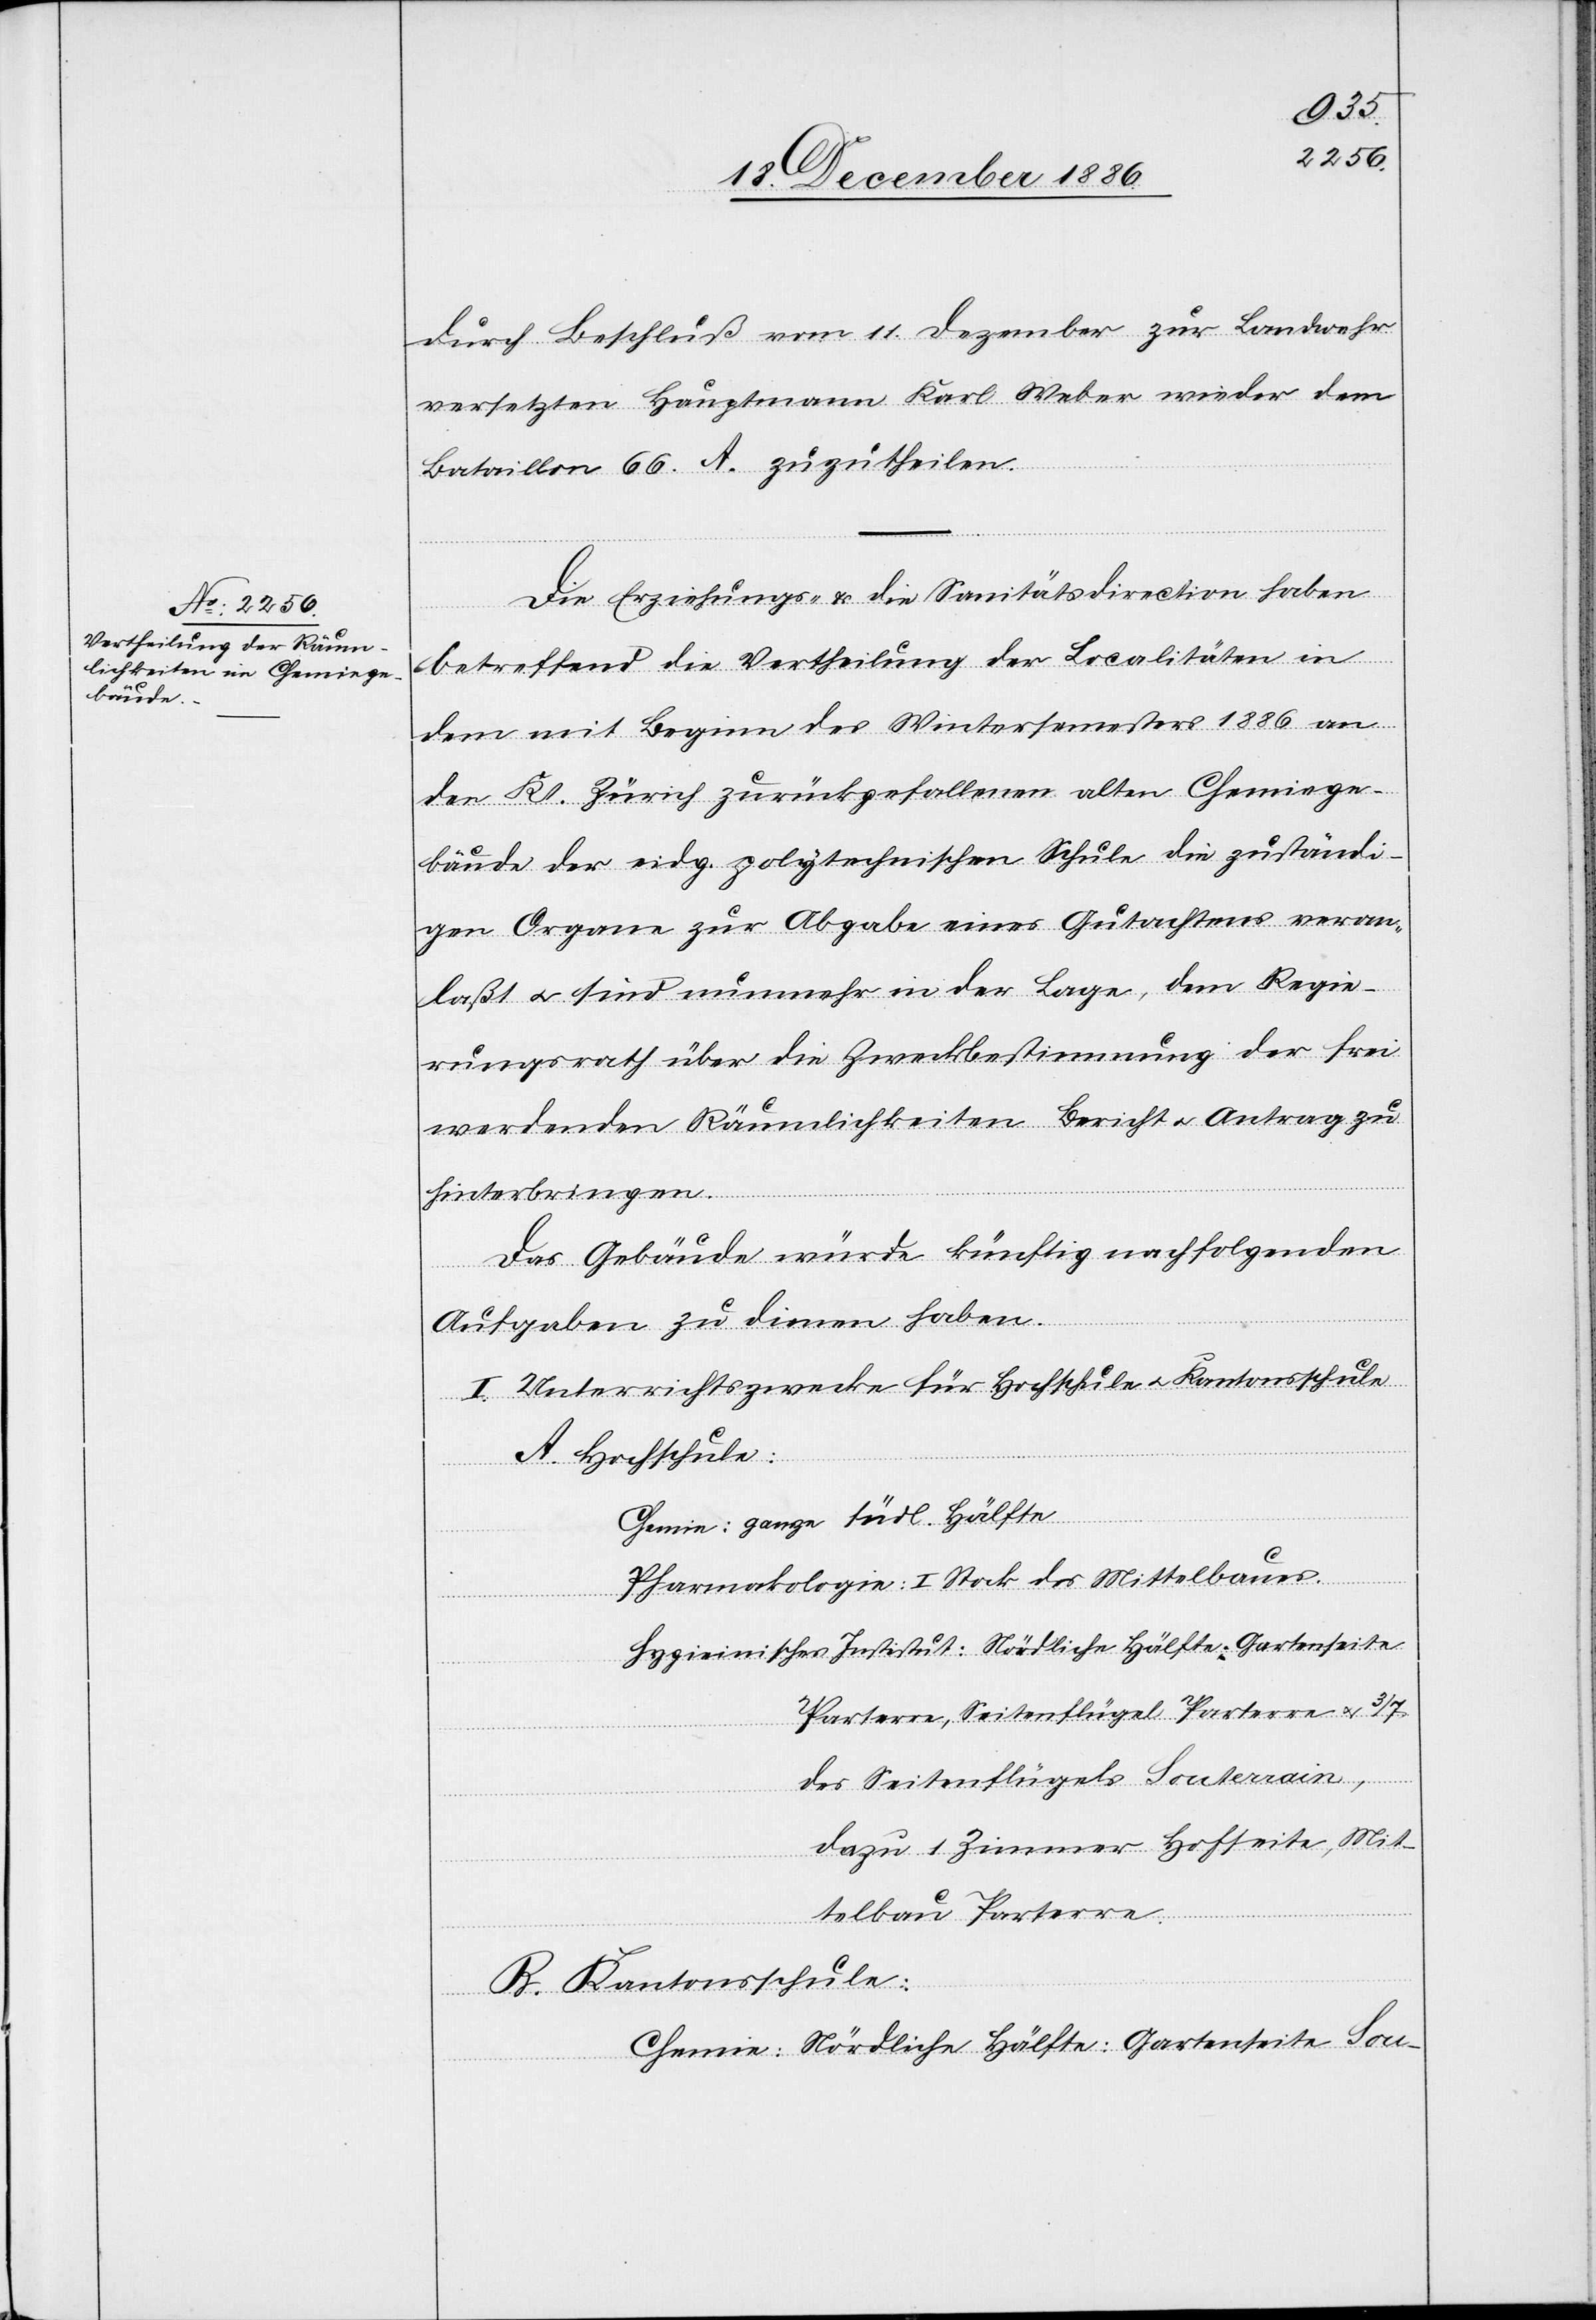
durch Beschluß vom 11. Dezember zur Landwehr
versetzten Hauptmann Karl Weber wieder dem
Bataillon 66. A. zuzutheilen.
Die Erziehungs- & die Sanitätsdirection haben
betreffend die Vertheilung der Localitäten in
dem mit Beginn des Wintersemesters 1886 an
den Kt. Zürich zurückgefallenen alten Chemiege¬
bäude der eidg. polytechnischen Schule die zuständi¬
gen Organe zur Abgabe eines Gutachtens veran¬
laßt & sind nunmehr in der Lage, dem Regie¬
rungsrath über die Zweckbestimmung der frei
werdenden Räumlichkeiten Bericht & Antrag zu
hinterbringen.
Das Gebäude würde künftig nachfolgenden
Aufgaben zu dienen haben.
I. Unterrichtszwecke für Hochschule & Kantonsschule
A. Hochschule:
des
Parterre, Seitenflügel Parterre & 3/7
des Seitenflügels Souterrain,
dazu 1 Zimmer Hofseite, Mit¬
telbau Parterre.
te Sou-
B. Kantonsschule: